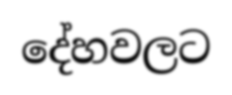
දේහවලට